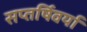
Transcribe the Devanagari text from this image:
सप्तर्षिवर्या